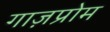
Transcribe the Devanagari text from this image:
गाज़प्रोम